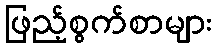
ဖြည့်စွက်စာများ